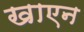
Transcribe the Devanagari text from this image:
खाएन